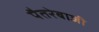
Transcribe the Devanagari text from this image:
पैतरेबाजी